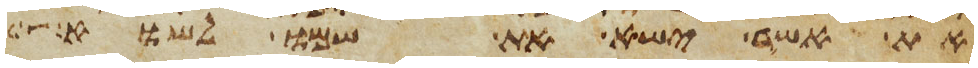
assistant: את אשר ישא את שמו לשוא